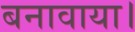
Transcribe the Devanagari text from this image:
बनावाया।